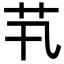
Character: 䒖